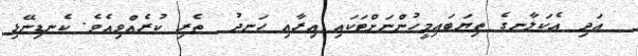
އަދި އެކަލާނގެ ތިޔަބައިމީހުންނަށްޓަކައި އިރާއި ހަނދު  ތެރި ކުރެއްވިއެވެ. ކެނޑިނޭޅި